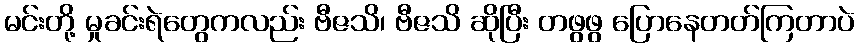
မင်းတို့ မှုခင်းရဲတွေကလည်း ဗီဇသိ၊ ဗီဇသိ ဆိုပြီး တဖွဖွ ပြောနေတတ်ကြတာပဲ